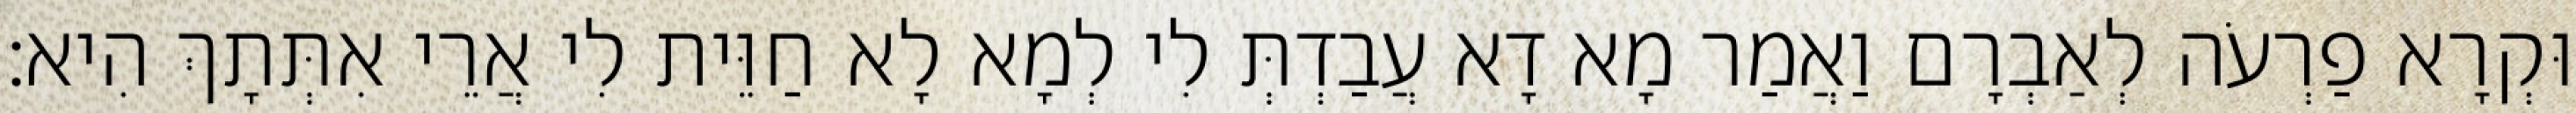
וּקְרָא פַרְעֹה לְאַבְרָם וַאֲמַר מָא דָא עֲבַדְתְּ לִי לְמָא לָא חַוֵּית לִי אֲרֵי אִתְּתָךְ הִיא׃